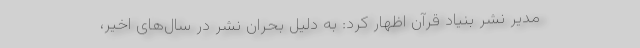
مدیر نشر بنیاد قرآن اظهار کرد: به دلیل بحران نشر در سال‌های اخیر،